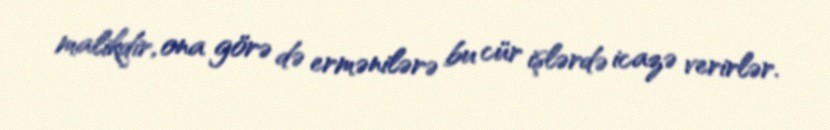
malikdir, ona görə də ermənilərə bu cür işlərdə icazə verirlər.